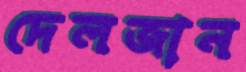
দেলজান